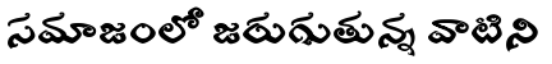
సమాజంలో జరుగుతున్న వాటిని